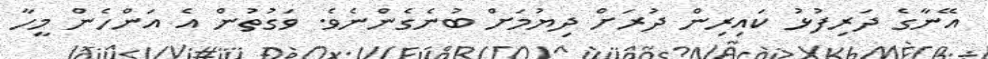
އޭނާގެ ދަރިފުޅު ކައިރިން ދުރަށް ދިޔުމަށް ބުނެގެންނެވެ. ވަގުތުން އެ އަންހެން މީހާ